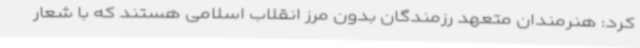
کرد: هنرمندان متعهد رزمندگان بدون مرز انقلاب اسلامی هستند که با شعار